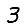
Digit: 3